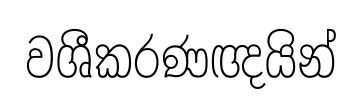
වශීකරණඥයින්